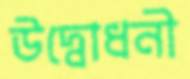
উদ্বোধনী